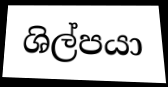
ශිල්පයා